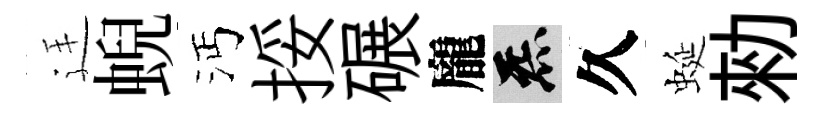
廷蜺沔挼碾龐炁久蜒勑